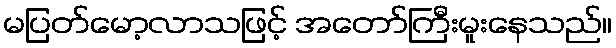
မပြတ်မော့လာသဖြင့် အတော်ကြီးမူးနေသည်။